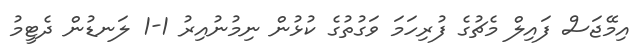
އިމޭޖަސް ފައިލް މެޗުގެ ފުރިހަމަ ވަގުތުގެ ކުޅުން ނިމުނުއިރު 1-1 ލަނޑުން ދެޓީމު